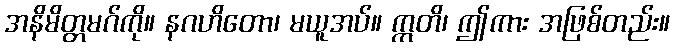
အနိမိတ္တမဂ်ကို။ နဂဟိတော၊ မယူအပ်။ ဣတိ၊ ဤကား အဖြစ်တည်း။